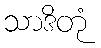
သာဒိတုံ